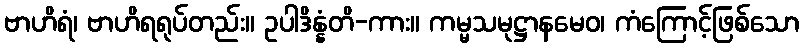
ဗာဟိရံ၊ ဗာဟိရရုပ်တည်း။ ဥပါဒိန္နံတိ-ကား။ ကမ္မသမုဋ္ဌာနမေဝ၊ ကံကြောင့်ဖြစ်သော